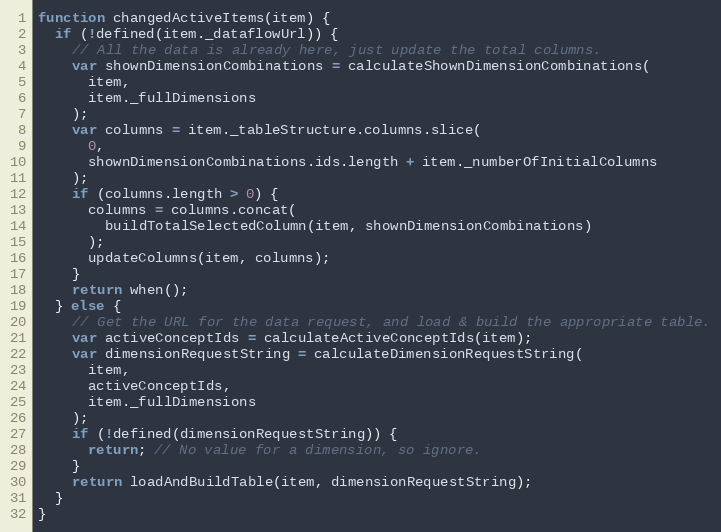
Language: JavaScript
function changedActiveItems(item) {
  if (!defined(item._dataflowUrl)) {
    // All the data is already here, just update the total columns.
    var shownDimensionCombinations = calculateShownDimensionCombinations(
      item,
      item._fullDimensions
    );
    var columns = item._tableStructure.columns.slice(
      0,
      shownDimensionCombinations.ids.length + item._numberOfInitialColumns
    );
    if (columns.length > 0) {
      columns = columns.concat(
        buildTotalSelectedColumn(item, shownDimensionCombinations)
      );
      updateColumns(item, columns);
    }
    return when();
  } else {
    // Get the URL for the data request, and load & build the appropriate table.
    var activeConceptIds = calculateActiveConceptIds(item);
    var dimensionRequestString = calculateDimensionRequestString(
      item,
      activeConceptIds,
      item._fullDimensions
    );
    if (!defined(dimensionRequestString)) {
      return; // No value for a dimension, so ignore.
    }
    return loadAndBuildTable(item, dimensionRequestString);
  }
}